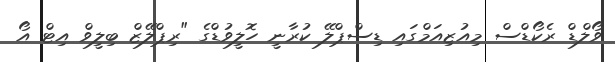
ވޯލްޑް ރެކޯޑްސް މިއުޒިއަމްގައި ޑިސްޕްލޭ ކުރާނީ ހޮލީވުޑްގެ "ރިޕްލޭޒް ބިލީވް އިޓް އޯ